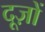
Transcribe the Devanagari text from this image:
दूज़ों